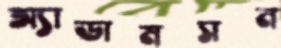
অ্যাডামসন